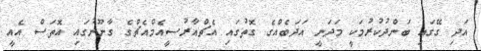
އަދި ގޭގައި ބަންދުކުރުމަކީ މަދަނީ އަދަބެއްގެ ގޮތުގައި އެޗްއާރުސީއެމްއެޗްގެ ގާނޫނުގައި އޮތަސް އެއީ